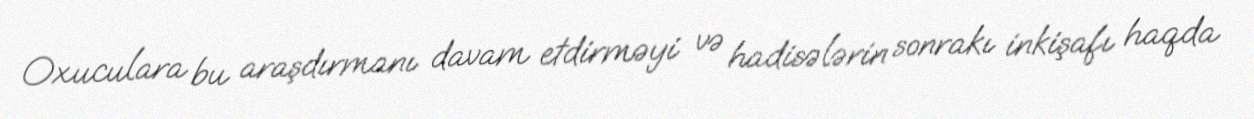
Oxuculara bu araşdırmanı davam etdirməyi və hadisələrin sonrakı inkişafı haqda